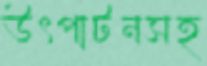
উৎপাটনসহ